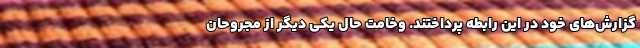
گزارش‌های خود در این رابطه پرداختند. وخامت حال یکی دیگر از مجروحان